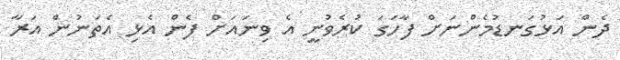
ދެން އަޅުގަނޑުމެންނަށް ފާހަގަ ކުރެވުނީ އެ ވިނައަށް ފެން އެޅި އެތަނުން އަރާ